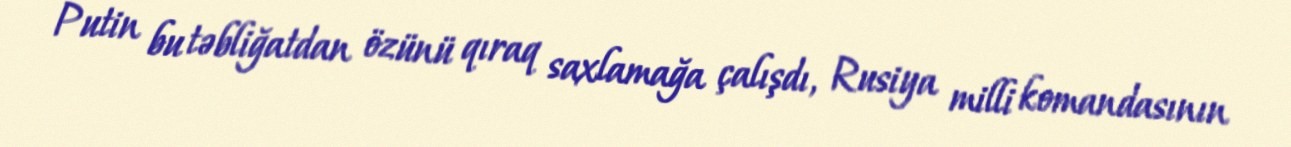
Putin bu təbliğatdan özünü qıraq saxlamağa çalışdı, Rusiya milli komandasının